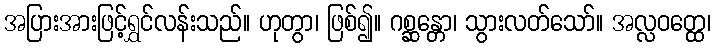
အပြားအားဖြင့်ရွှင်လန်းသည်။ ဟုတွာ၊ ဖြစ်၍။ ဂစ္ဆန္တော၊ သွားလတ်သော်။ အလ္လဝတ္ထေ၊